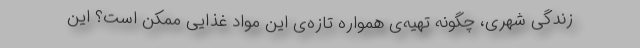
زندگی شهری، چگونه تهیه‌ی همواره تازه‌ی این مواد غذایی ممکن است؟ این